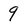
Character: 9